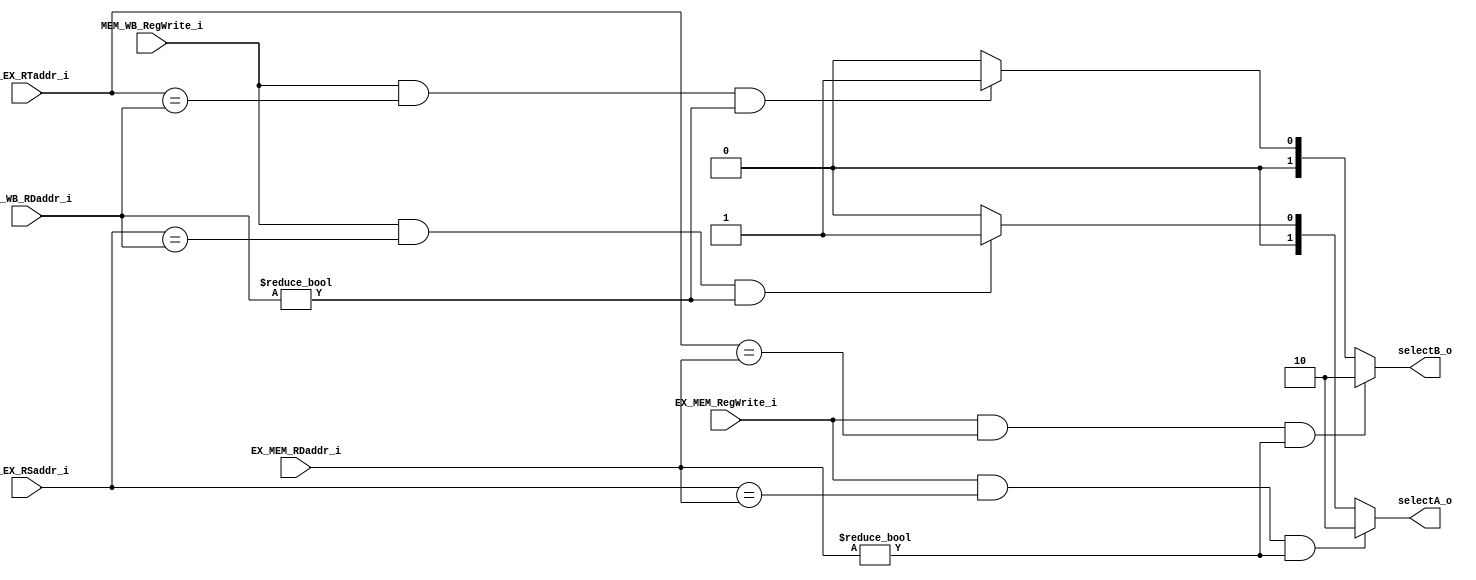
module Forward
(
	ID_EX_RSaddr_i,
	ID_EX_RTaddr_i,
	EX_MEM_RDaddr_i,
	MEM_WB_RDaddr_i,
	EX_MEM_RegWrite_i,
	MEM_WB_RegWrite_i,
	selectA_o,
	selectB_o
);
input  [4 : 0] ID_EX_RSaddr_i;
input  [4 : 0] ID_EX_RTaddr_i;
input  [4 : 0] EX_MEM_RDaddr_i;
input  [4 : 0] MEM_WB_RDaddr_i;
input          EX_MEM_RegWrite_i;
input          MEM_WB_RegWrite_i;
output [1 : 0] selectA_o;
output [1 : 0] selectB_o;

reg [1 : 0] selectA_reg;
reg [1 : 0] selectB_reg;

assign selectA_o = selectA_reg;
assign selectB_o = selectB_reg;

always @(*)
begin
	if (EX_MEM_RegWrite_i && ID_EX_RSaddr_i == EX_MEM_RDaddr_i && EX_MEM_RDaddr_i != 1'b0) //RD in EX_MEM is same to Src1 in ID_EX
	begin
		selectA_reg = 2'b10;
	end
	else if (MEM_WB_RegWrite_i && ID_EX_RSaddr_i == MEM_WB_RDaddr_i && MEM_WB_RDaddr_i != 1'b0) //RD in MEM_WB is same to Src1 in ID_EX
	begin
		selectA_reg = 2'b01;
	end
	else
	begin
		selectA_reg = 2'b00;
	end

	if (EX_MEM_RegWrite_i && ID_EX_RTaddr_i == EX_MEM_RDaddr_i && EX_MEM_RDaddr_i != 1'b0) //RD in EX_MEM is same to Src2 in ID_EX
	begin
		selectB_reg = 2'b10;
	end
	else if (MEM_WB_RegWrite_i && ID_EX_RTaddr_i == MEM_WB_RDaddr_i && MEM_WB_RDaddr_i != 1'b0)//RD in MEM_WB is same to Src2 in ID_EX
	begin
		selectB_reg = 2'b01;
	end
	else
	begin
		selectB_reg = 2'b00;
	end
end

endmodule